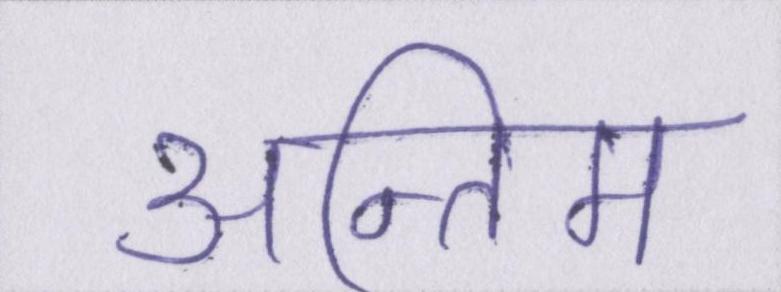
अन्तिम